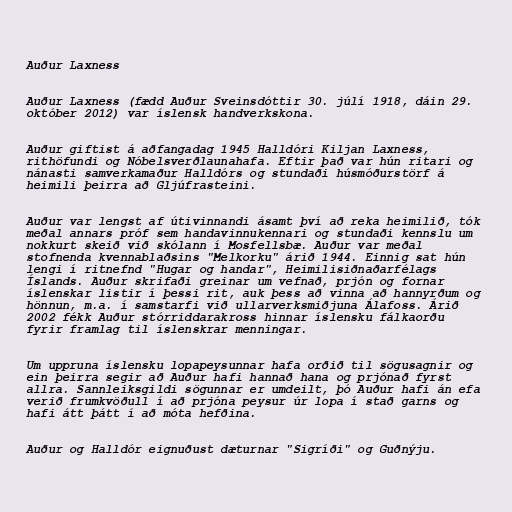
Auður Laxness

Auður Laxness (fædd Auður Sveinsdóttir 30. júlí 1918, dáin 29.
október 2012) var íslensk handverkskona.

Auður giftist á aðfangadag 1945 Halldóri Kiljan Laxness,
rithöfundi og Nóbelsverðlaunahafa. Eftir það var hún ritari og
nánasti samverkamaður Halldórs og stundaði húsmóðurstörf á
heimili þeirra að Gljúfrasteini.

Auður var lengst af útivinnandi ásamt því að reka heimilið, tók
meðal annars próf sem handavinnukennari og stundaði kennslu um
nokkurt skeið við skólann í Mosfellsbæ. Auður var meðal
stofnenda kvennablaðsins "Melkorku" árið 1944. Einnig sat hún
lengi í ritnefnd "Hugar og handar", Heimilisiðnaðarfélags
Íslands. Auður skrifaði greinar um vefnað, prjón og fornar
íslenskar listir í þessi rit, auk þess að vinna að hannyrðum og
hönnun, m.a. í samstarfi við ullarverksmiðjuna Álafoss. Árið
2002 fékk Auður stórriddarakross hinnar íslensku fálkaorðu
fyrir framlag til íslenskrar menningar.

Um uppruna íslensku lopapeysunnar hafa orðið til sögusagnir og
ein þeirra segir að Auður hafi hannað hana og prjónað fyrst
allra. Sannleiksgildi sögunnar er umdeilt, þó Auður hafi án efa
verið frumkvöðull í að prjóna peysur úr lopa í stað garns og
hafi átt þátt í að móta hefðina.

Auður og Halldór eignuðust dæturnar "Sigríði" og Guðnýju.